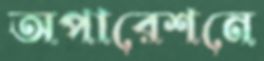
অপারেশনে